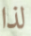
لذا